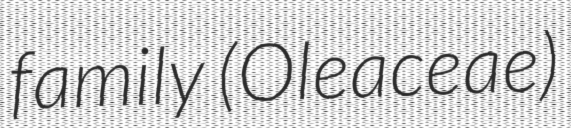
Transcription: family (Oleaceae)